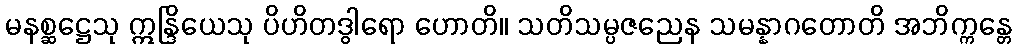
မနစ္ဆဋ္ဌေသု ဣန္ဒြိယေသု ပိဟိတဒွါရော ဟောတိ။ သတိသမ္ပဇညေန သမန္နာဂတောတိ အဘိက္ကန္တေ